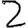
Digit: 2